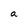
Character: a